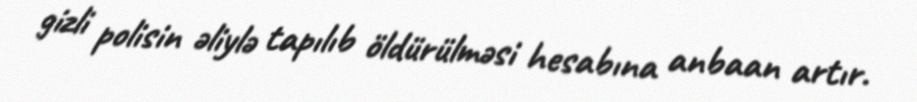
gizli polisin əliylə tapılıb öldürülməsi hesabına anbaan artır.